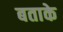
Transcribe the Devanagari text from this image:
बताके